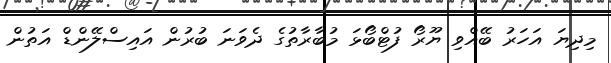
މިދިޔަ އަހަރު ބޭއްވި ޔޫރޯ ފުޓްބޯޅަ މުބާރާތުގެ ދެވަނަ ބުރުން އައިސްލޭންޑް އަތުން